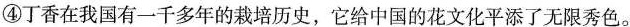
④丁香在我国有一千多年的栽培历史，它给中国的花文化平添了无限秀色。